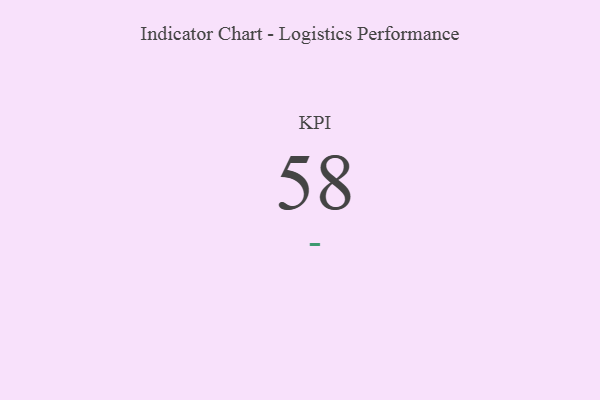
{"axis": {"x": "KPI", "y": "Value"}, "legend": [""], "data": [{"x": "KPI", "y": 58, "type": ""}]}